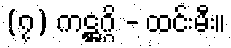
(၇) ကဋ္ဌဂ္ဂိ - ထင်းမီး။